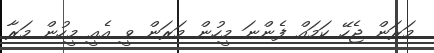
މަރަން ޖެހޭ ކަމައް ފެންނަ މީހުން މަރަން ވީ އެއީ މީހުން މަރާ